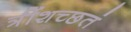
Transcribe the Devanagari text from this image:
त्रींशच्छतं